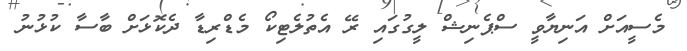
މެސީއަށް އަނިޔާވީ ސްޕެނިޝް ލީގުގައި ރޭ އެތުލެޓިކޯ މެޑްރިޑާ ދެކޮޅަށް ބާސާ ކުޅުނު